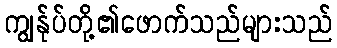
ကျွန်ုပ်တို့၏ဖောက်သည်များသည်